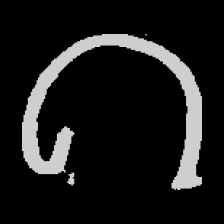
Pyu character \u2014 Myanmar letter: ဂ (romanized: ga)